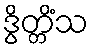
ဒွိတ္တိံသ